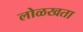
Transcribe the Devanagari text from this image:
लोळखता